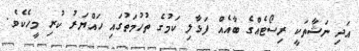
އަދި ނަޝާތަކީ ރިސޯޓެއްގެ ބާއެއް ފަޅާލި ކަމުގެ ތުހުމަތުގައި ހައްޔަރު ކުރި މީހެކެވެ.